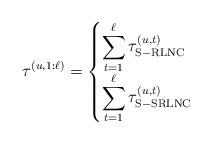
LaTeX: \begin{align*}\tau^{(u,1:\ell)} = \begin{cases}\displaystyle\sum_{t=1}^{\ell} \tau_{\mathrm{S-RLNC}}^{(u,t)} &\\\displaystyle\sum_{t=1}^{\ell} \tau_{\mathrm{S-SRLNC}}^{(u,t)} & \end{cases}\end{align*}